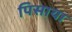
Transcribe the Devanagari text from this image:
पिसाया